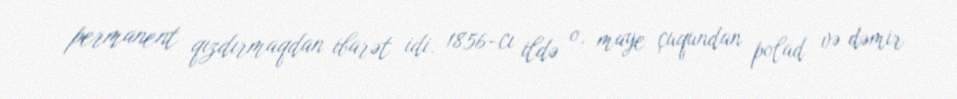
permanent qızdırmaqdan ibarət idi. 1856-cı ildə o, maye çuqundan polad və dəmir